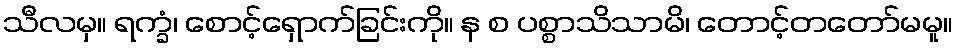
သီလမှ။ ရက္ခံ၊ စောင့်ရှောက်ခြင်းကို။ န စ ပစ္စာသိသာမိ၊ တောင့်တတော်မမူ။